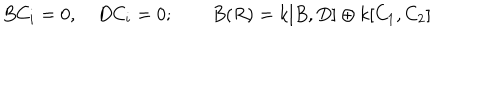
LaTeX: B C _ { i } = 0 , \quad D C _ { i } = 0 ; \qquad B ( R ) = k [ B , D ] \oplus k [ C _ { 1 } , C _ { 2 } ]